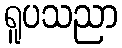
ရူပသညာ